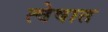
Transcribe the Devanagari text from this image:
त्वेषात